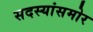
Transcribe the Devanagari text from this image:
सदस्यांसमोर